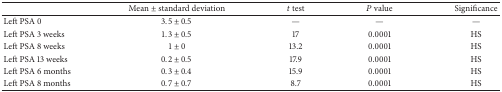
<table><thead><tr><td><b> </b></td><td><b>Mean ± standard deviation</b></td><td><b><i>t</i> test</b></td><td><b><i>P</i> value</b></td><td><b>Significance</b></td></tr></thead><tbody><tr><td>Left PSA 0</td><td>3.5 ± 0.5</td><td>—</td><td>—</td><td>—</td></tr><tr><td>Left PSA 3 weeks</td><td>1.3 ± 0.5</td><td>17</td><td>0.0001</td><td>HS</td></tr><tr><td>Left PSA 8 weeks</td><td>1 ± 0</td><td>13.2</td><td>0.0001</td><td>HS</td></tr><tr><td>Left PSA 13 weeks</td><td>0.2 ± 0.5</td><td>17.9</td><td>0.0001</td><td>HS</td></tr><tr><td>Left PSA 6 months</td><td>0.3 ± 0.4</td><td>15.9</td><td>0.0001</td><td>HS</td></tr><tr><td>Left PSA 8 months</td><td>0.7 ± 0.7</td><td>8.7</td><td>0.0001</td><td>HS</td></tr></tbody></table>